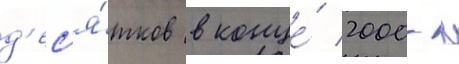
д'ес'я́тков в конце́ 2000-х